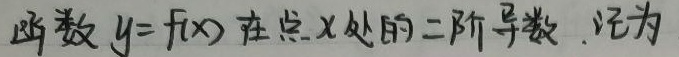
函数 $y = f(x)$ 在点 $x$ 处的二阶导数，记为